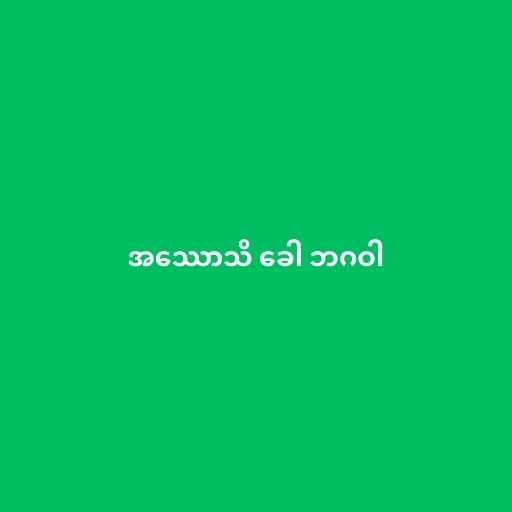
အဿောသိ ခေါ ဘဂဝါ